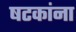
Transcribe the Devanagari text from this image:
षटकांना